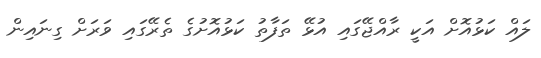
ލައް ކަޅުއޮށް އަކީ ރާއްޖޭގައި އުޅޭ ތަފާތު ކަޅުއޮށުގެ ތެރޭގައި ވަރަށް ގިނައިން